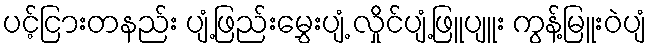
ပင့်ငြားတနည်း ပျံ့ဖြည်းမွှေးပျံ့ လှိုင်ပျံ့ဖြူပျူး ကွန့်မြူးဝဲပျံ